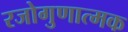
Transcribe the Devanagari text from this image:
रजोगुणात्मक